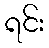
ရင်း